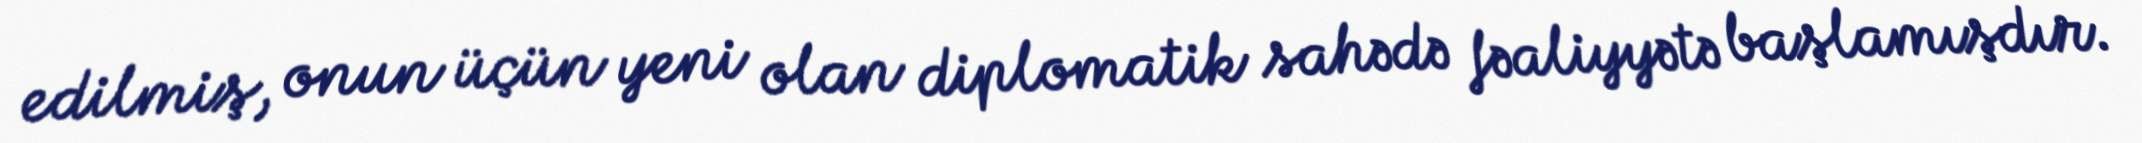
edilmiş, onun üçün yeni olan diplomatik sahədə fəaliyyətə başlamışdır.